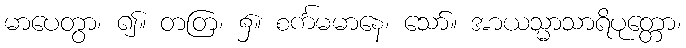
မာပေတွာ၊ ၍။ တတြ၊ ၌။ စင်္ကမမာနေ၊ သော်။ အာယသ္မာသာရိပုတ္တော၊